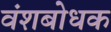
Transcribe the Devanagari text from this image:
वंशबोधक